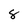
Character: 8